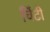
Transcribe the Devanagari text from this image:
चिंटी